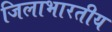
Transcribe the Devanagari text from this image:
जिलाभारतीय